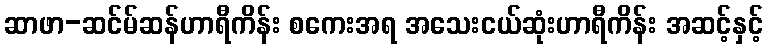
ဆာဖာ-ဆင်မ်ဆန်ဟာရီကိန်း စကေးအရ အသေးငယ်ဆုံးဟာရီကိန်း အဆင့်နှင့်